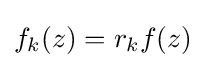
f_{k}(z)=r_{k}f(z)